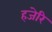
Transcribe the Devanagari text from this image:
हजेरि